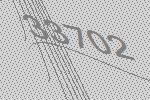
33702